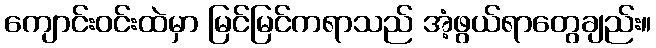
ကျောင်းဝင်းထဲမှာ မြင်မြင်ကရာသည် အံ့ဖွယ်ရာတွေချည်း။